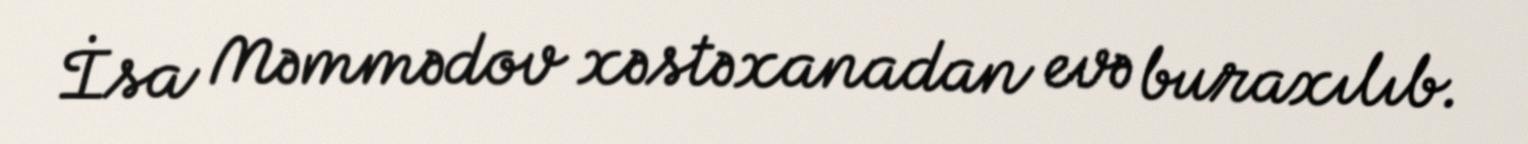
İsa Məmmədov xəstəxanadan evə buraxılıb.